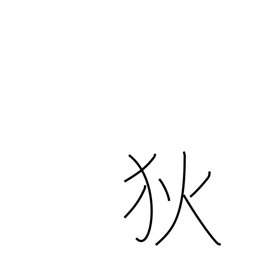
Meaning: barbarian